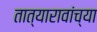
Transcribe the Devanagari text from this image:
तात्यारावांच्या